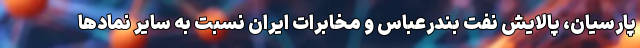
پارسیان، پالایش نفت بندرعباس و مخابرات ایران نسبت به سایر نمادها